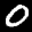
Label: 0